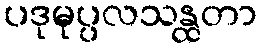
ပဒုမုပ္ပလသန္ထတာ